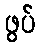
ဖွပ်